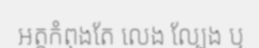
អត្តកំពុងតែ លេង ល្បែង ឬ